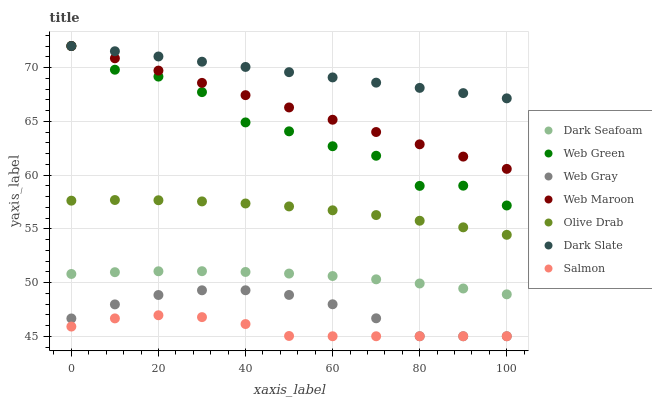
| xaxis_label | Dark Seafoam | Web Green | Web Gray | Web Maroon | Olive Drab | Dark Slate | Salmon |
 | --- | --- | --- | --- | --- | --- | --- | --- |
 | 0 | 50.8 | 72 | 46.7 | 72 | 57.6 | 72 | 45.9 |
 | 10 | 51 | 69.8 | 48 | 70.9 | 57.7 | 71.5 | 46.7 |
 | 20 | 51 | 69.2 | 48.8 | 69.7 | 57.7 | 71 | 47 |
 | 30 | 51.1 | 67.7 | 49.3 | 68.6 | 57.5 | 70.5 | 46.8 |
 | 40 | 51 | 64.9 | 49.3 | 67.4 | 57.4 | 70.1 | 46.1 |
 | 50 | 50.8 | 64.1 | 48.8 | 66.3 | 57.1 | 69.6 | 45 |
 | 60 | 50.6 | 62.7 | 48 | 65.1 | 56.7 | 69.1 | 45 |
 | 70 | 50.3 | 61.8 | 46.7 | 64 | 56.3 | 68.6 | 45 |
 | 80 | 49.9 | 59 | 45 | 62.9 | 55.7 | 68.1 | 45 |
 | 90 | 49.4 | 59 | 45 | 61.7 | 55.1 | 67.6 | 45 |
 | 100 | 48.9 | 57.2 | 45 | 60.6 | 54.4 | 67.1 | 45 |